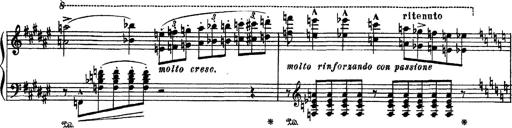
Title: Apparitions
Composer: Franz Liszt